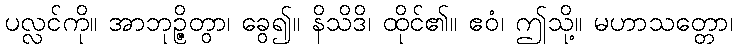
ပလ္လင်ကို။ အာဘုဉ္ဇိတွာ၊ ခွေ၍။ နိသိဒိ၊ ထိုင်၏။ ဧဝံ၊ ဤသို့။ မဟာသတ္တော၊